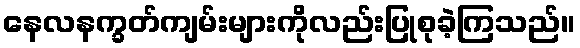
နေလနက္ခတ်ကျမ်းများကိုလည်းပြုစုခဲ့ကြသည်။